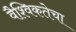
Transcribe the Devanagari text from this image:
वैश्विकतेचा